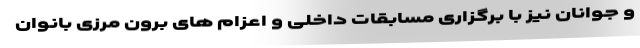
و جوانان نیز با برگزاری مسابقات داخلی و اعزام های برون مرزی بانوان